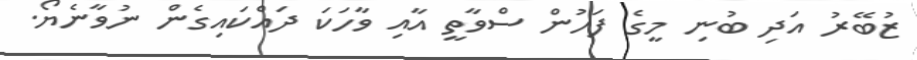
ޒުބޭރު އަދި ބުނި މީގެ ފަހުން ސްވާތީ އާއި ވާހަކަ ދައްކައިގެން ނުވާނެޔޯ.